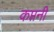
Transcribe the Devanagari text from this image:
कप्तनी